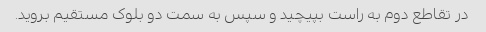
در تقاطع دوم به راست بپیچید و سپس به سمت دو بلوک مستقیم بروید.